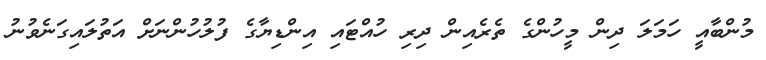
މުންބާއީ ހަމަލަ ދިން މީހުންގެ ތެރެއިން ދިރި ހުއްޓައި އިންޑިޔާގެ ފުލުހުންނަށް އަތުލައިގަނެވުނު